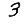
Digit: 3